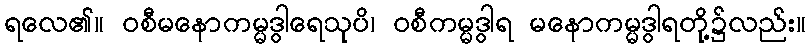
ရလေ၏။ ဝစီမနောကမ္မဒွါရေသုပိ၊ ဝစီကမ္မဒွါရ မနောကမ္မဒွါရတို့၌လည်း။